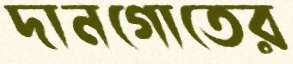
দানগোতের